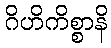
ဂိဟိကိစ္စာနိ